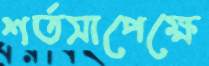
শর্তসাপেক্ষে